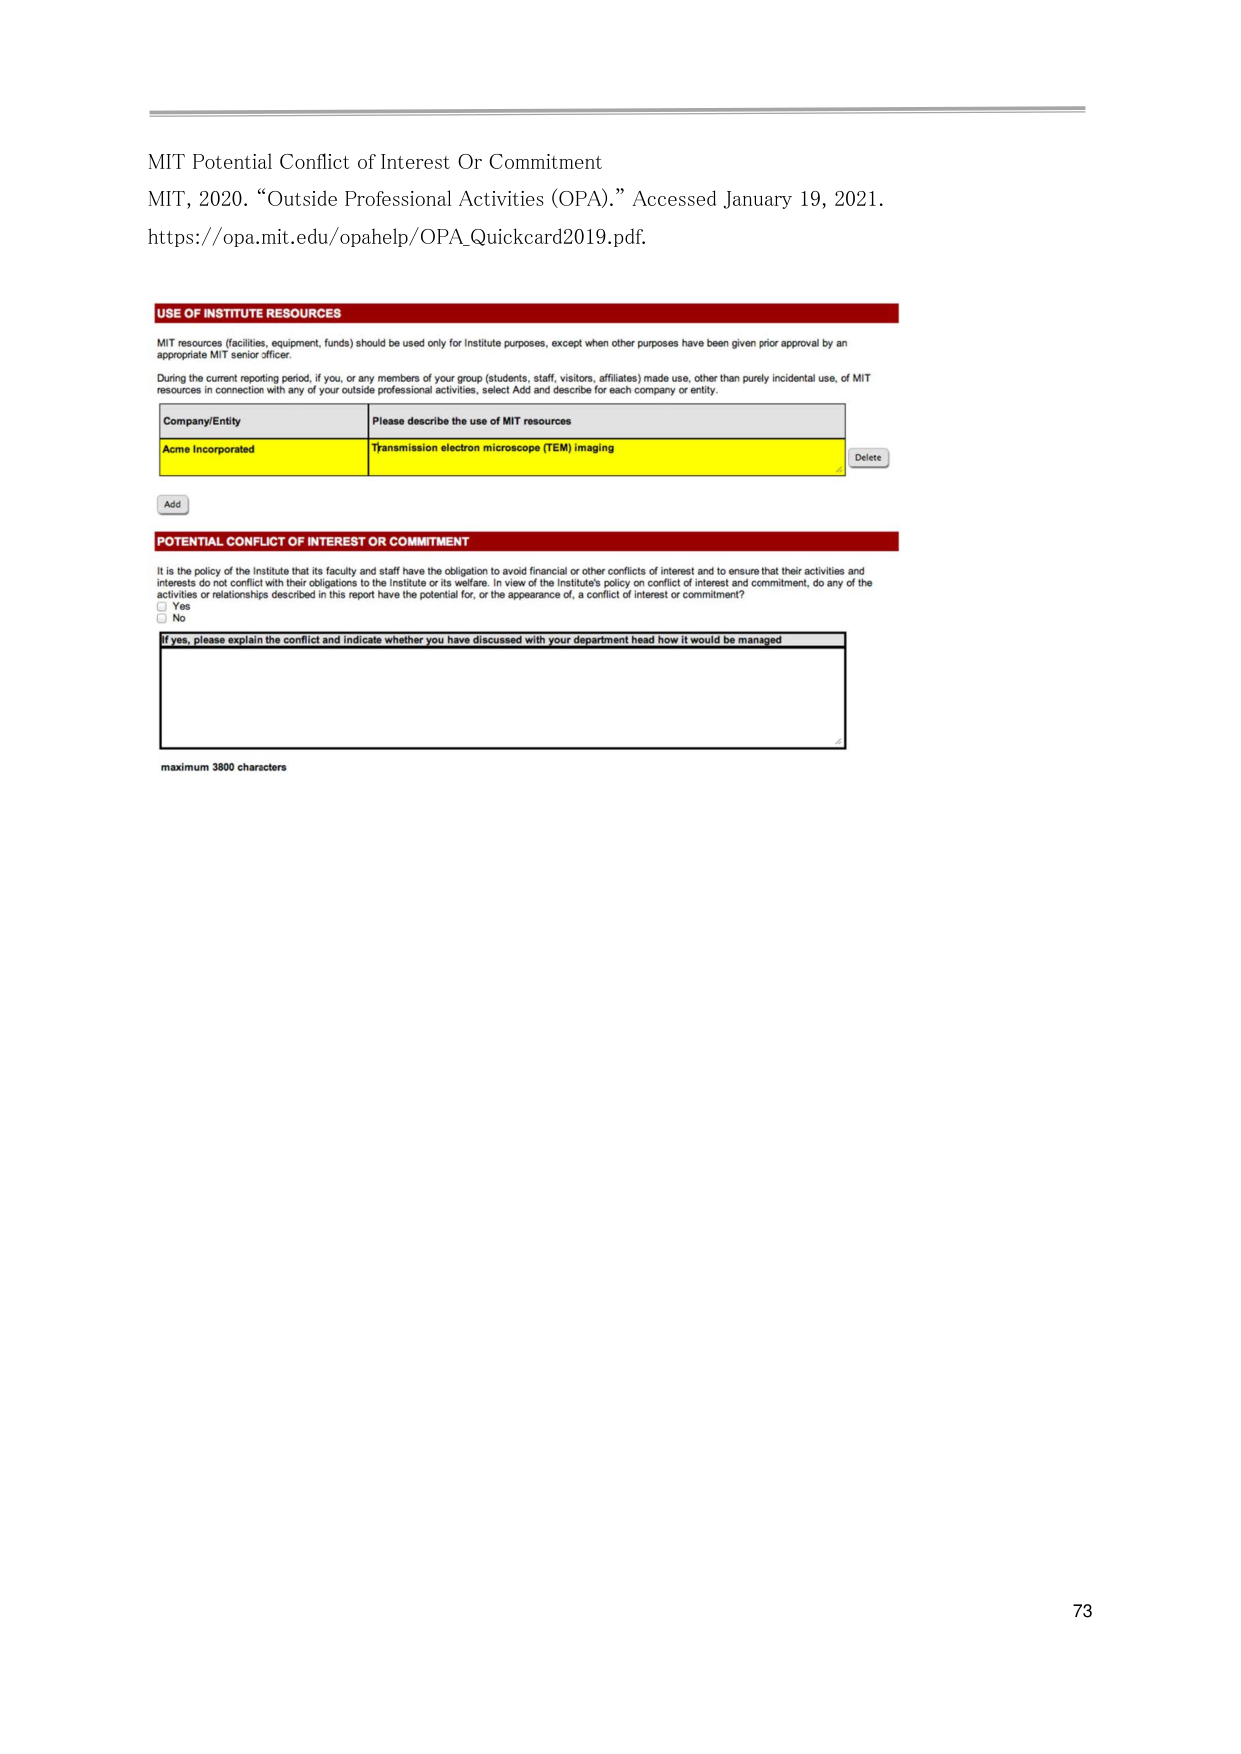
MIT Potential Conflict of Interest Or Commitment
MIT, 2020. “Outside Professional Activities (OPA).” Accessed January 19, 2021.
https://opa.mit.edu/opahelp/OPA_Quickcard2019.pdf.

USE OF INSTITUTE RESOURCES
MIT resources (facilities, equipment, funds) should be used only for Institute purposes, except when other purposes have been given prior approval by an appropriate MIT senior officer.
During the current reporting period, if you, or any members of your group (students, staff, visitors, affiliates) made use, other than purely incidental use, of MIT resources in connection with any of your outside professional activities, select Add and describe for each company or entity.

Company/Entity                      Please describe the use of MIT resources
Acme Incorporated                  Transmission electron microscope (TEM) imaging
Add                                 Delete

POTENTIAL CONFLICT OF INTEREST OR COMMITMENT
It is the policy of the Institute that its faculty and staff have the obligation to avoid financial or other conflicts of interest and to ensure that their activities and interests do not conflict with their obligations to the Institute or its welfare. In view of the Institute's policy on conflict of interest and commitment, do any of the activities or relationships described in this report have the potential for, or the appearance of, a conflict of interest or commitment?
☐ Yes
☐ No
If yes, please explain the conflict and indicate whether you have discussed with your department head how it would be managed

maximum 3800 characters

73